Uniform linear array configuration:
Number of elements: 12
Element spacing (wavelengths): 0.5
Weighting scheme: exponential
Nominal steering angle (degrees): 0
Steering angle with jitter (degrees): -0.4679
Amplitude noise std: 0.05
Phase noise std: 0.05

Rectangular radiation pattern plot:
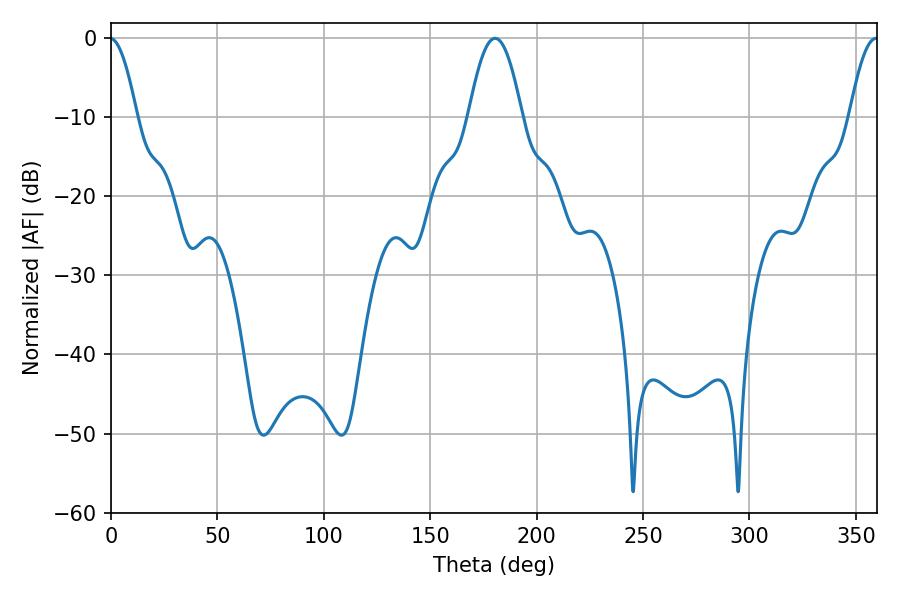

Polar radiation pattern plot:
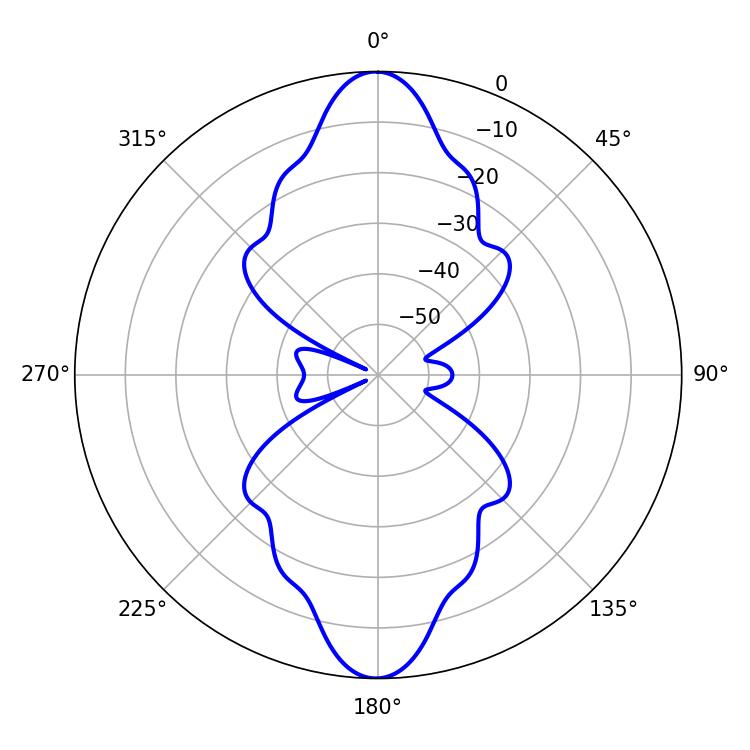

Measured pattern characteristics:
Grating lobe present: FALSE
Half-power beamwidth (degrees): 13.68
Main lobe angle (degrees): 180.54